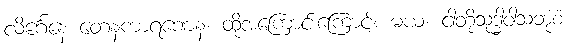
လိင်္ဂေနေ တေနကာရဏေန၊ ထိုအကြောင်းကြောင့်။ မယံ၊ ငါတို့သုဒ္ဓါဝါသဘုံစံ